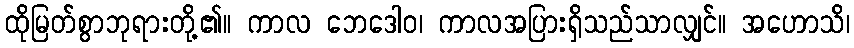
ထိုမြတ်စွာဘုရားတို့၏။ ကာလ ဘေဒေါဝ၊ ကာလအပြားရှိသည်သာလျှင်။ အဟောသိ၊